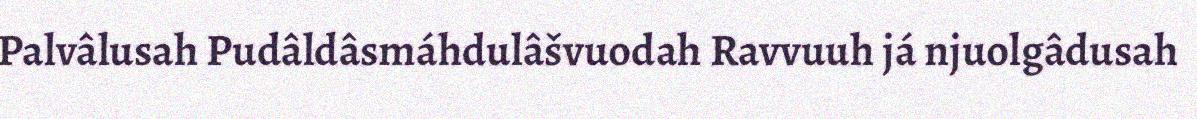
Palvâlusah Pudâldâsmáhdulâšvuodah Ravvuuh já njuolgâdusah